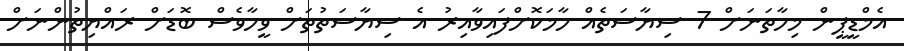
އެމްޑީޕީން މިހާތަނަށް 7 ސިޔާސަތެއް ހާމަކޮށްފައިވާއިރު އެ ސިޔާސަތުތަށް ވީހާވެސް ބޮޑަށް ރައްޔިތުންނަށް